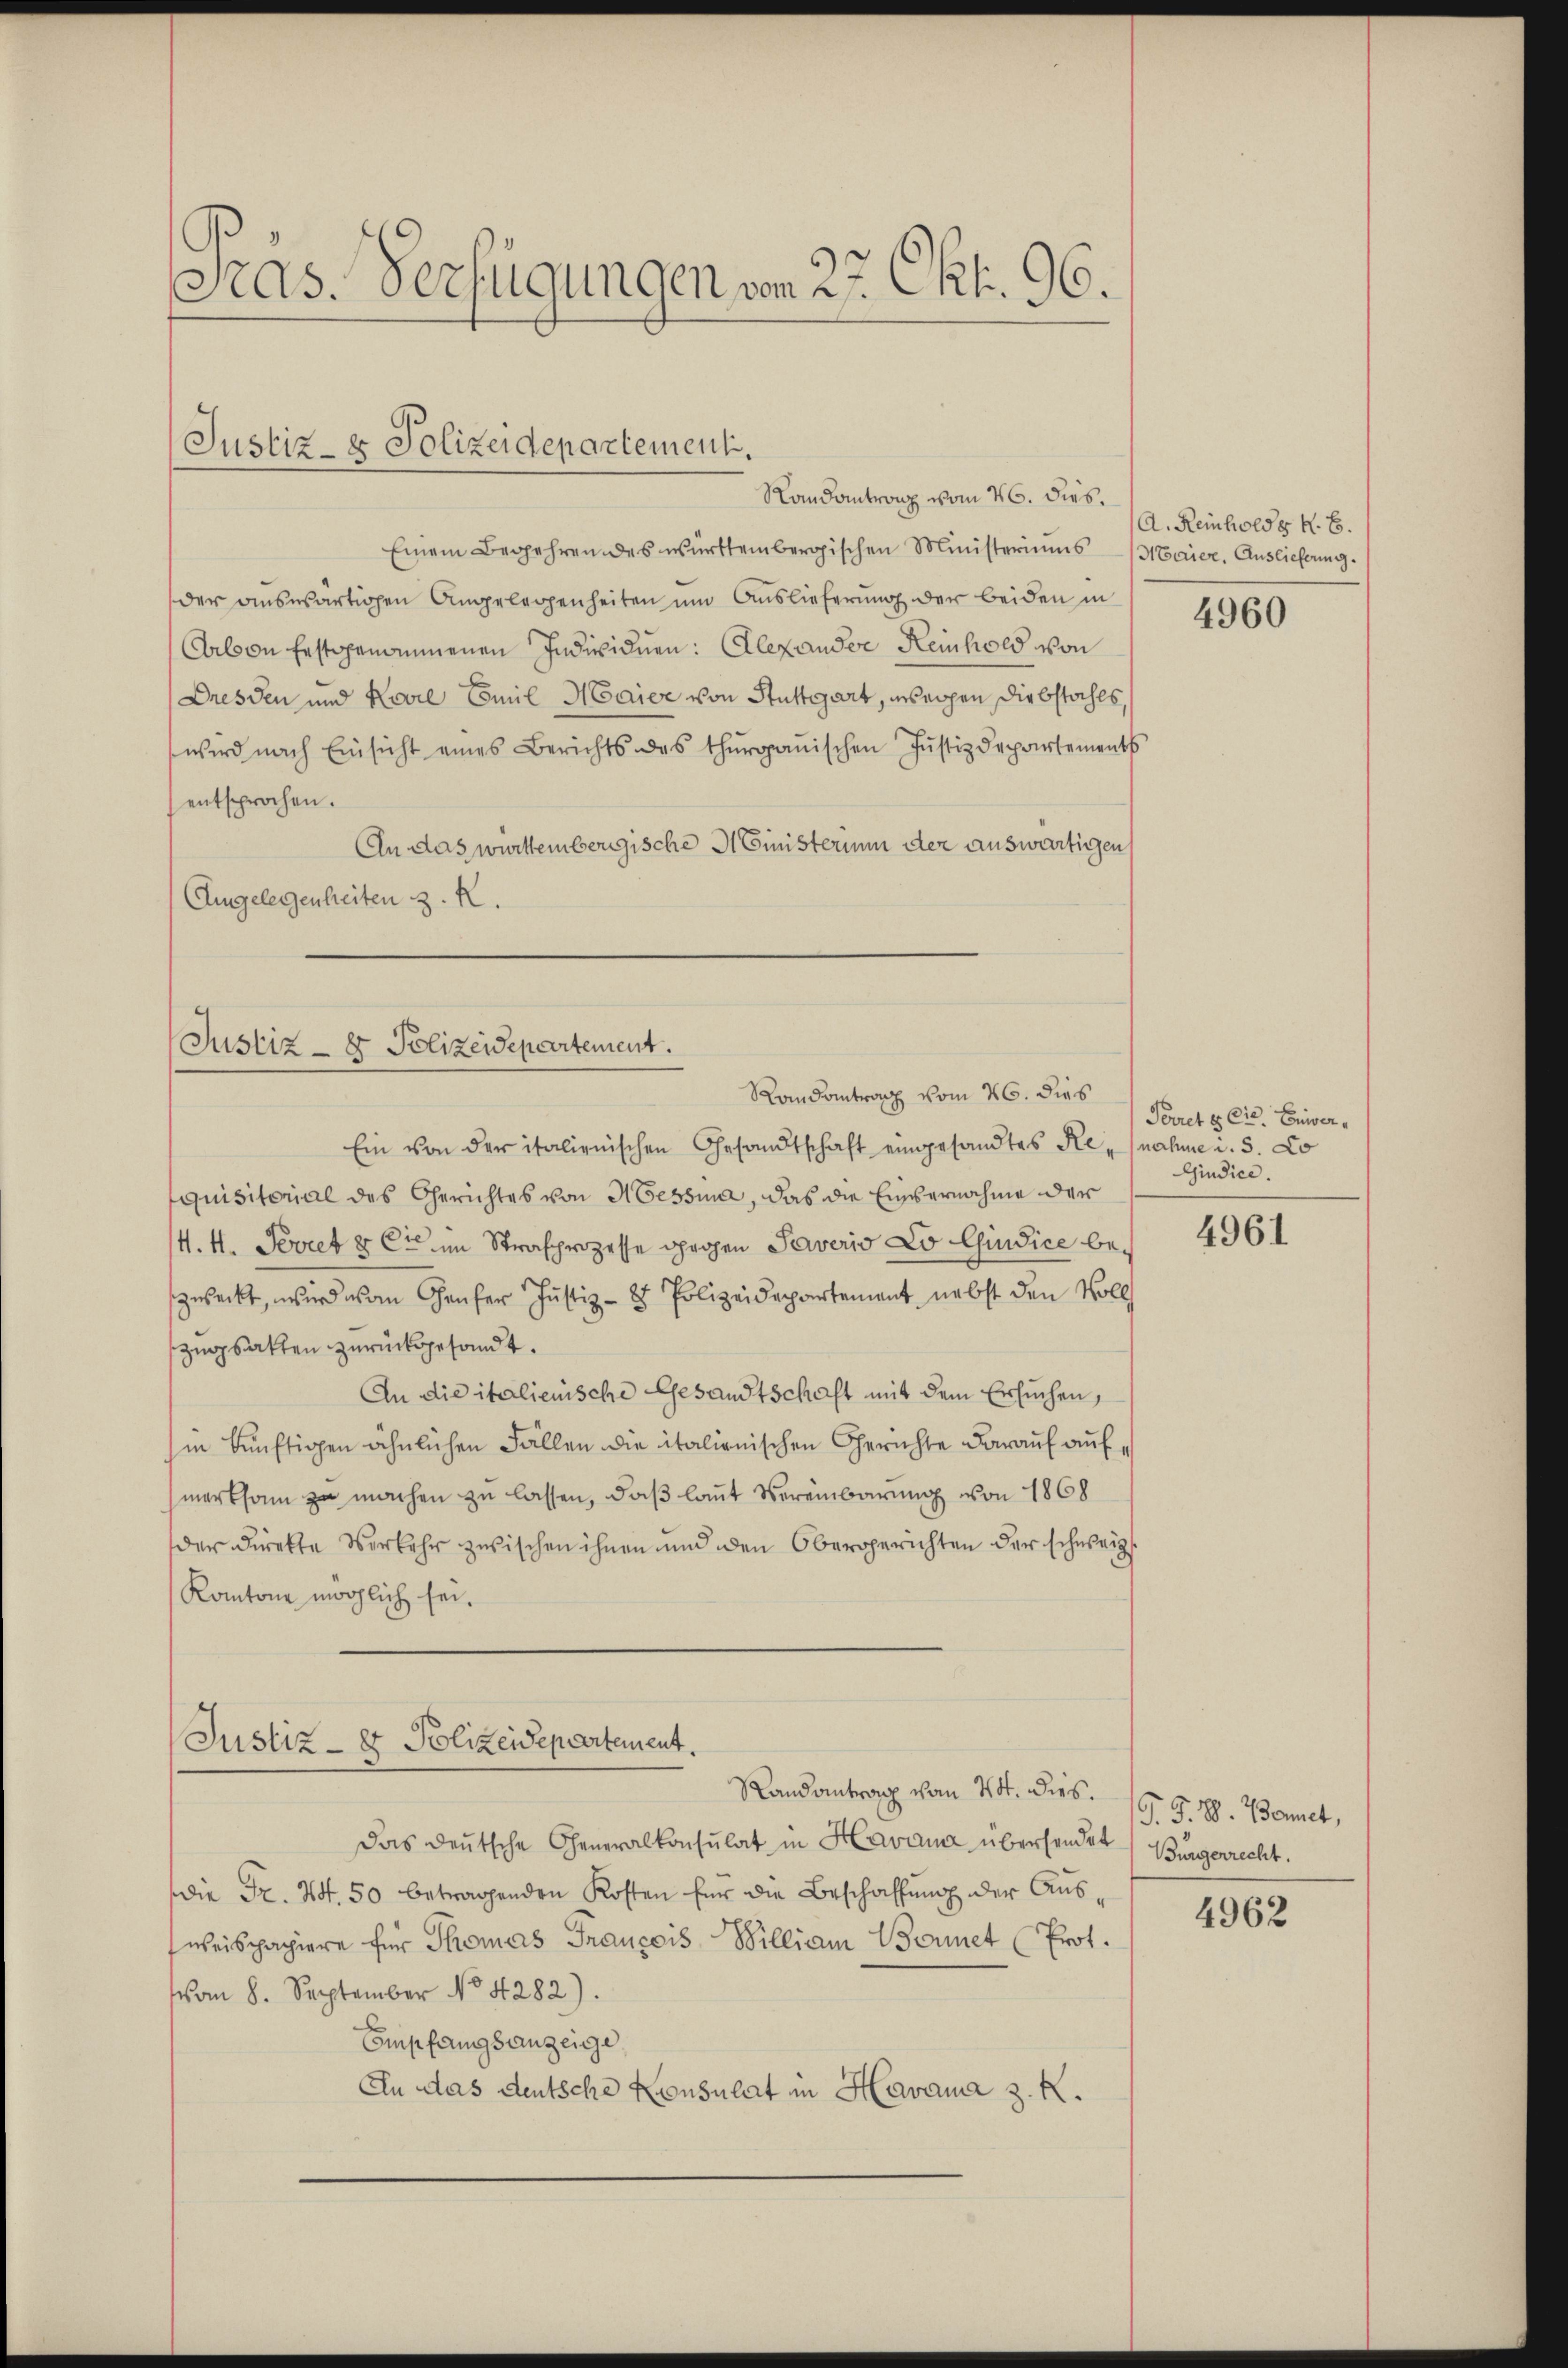
Sras. Verfügungen vom 27. Okt. 96.

Justiz- & Polizeidepartement.

Randantrag vom 26. dies.
Einem Begehren des württembergischen Ministeriums (Maier, Auslieferung.
der auswärtigen Angelegenheiten um Auslieferung der beiden in
Arbon festgenommenen Individuen: Alexander Heinhold von
Dresden und Kovil Emil Marier von Stuttgart, weigen Diebstahls,
wird nach Einsicht eines Berichts des thurgauischen Jŭstizdepartements
entsprochen.
An das württembergische Ministerium der auswärtigen
Angelegenheiten z. K.

Justiz- & Polizeidepartement.
Randantrag vom 26. dies

Justiz- & Polizeidepartement.

Randantrag von 20. dies.
Das deutsche Generalkonsulat in Havana übersendet
die Fr. Art. 50 betragenden Kosten für die Beschaffung der Ausweispapiere für Thomas Francois Billiam Bonnet (Prot.
vom 8. September No. 4282).
Empfangsanzeige
An das deutsche Konsulat in Havana z. K.

Ein von der italienischen Gesandtschaft eingesandtes Renahme u. 5. Lo
quisitorial des Gerichtes von Messina, das die Einvernahme der
4. 4. Perret & Cie im Strafprozesse gegen Taverio Lo Curice bezueckt, wird von Genfer Justiz- & Polizeidepartement nebst den Voll
zugbatten zurückgesandt.
An die italienische Gesandtschaft mit dem Ersuchen,
in künftigen ähnlichen Fällen die italionischen Gerichte darauf aufg
merksam zu machen zu lassen, daß laut Vereinbarung von 1868
der Direkte Verkehr zwischen ihnen und den Obergerichten der schweiz.
Kantone möglich sei.

A. Reinholds k. B.
4960

Peret & Cie. Erwer¬
Gindice.

4961

G. P. V. Bamet,
Bürgerrecht.

4962